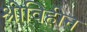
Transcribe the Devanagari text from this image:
श्रीविहीन